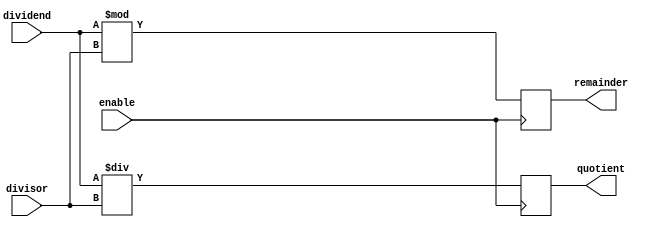
module divider (
    input [7:0] dividend,
    input [7:0] divisor,
    input enable,
    output reg [7:0] quotient,
    output reg [7:0] remainder
);

always @ (posedge enable) begin
    quotient <= dividend / divisor;
    remainder <= dividend % divisor;
end

endmodule